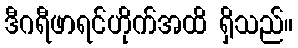
ဒီဂရီဖာရင်ဟိုက်အထိ ရှိသည်။